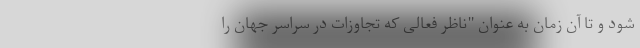
شود و تا آن زمان به عنوان "ناظر فعالی که تجاوزات در سراسر جهان را